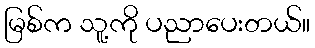
မြစ်က သူ့ကို ပညာပေးတယ်။